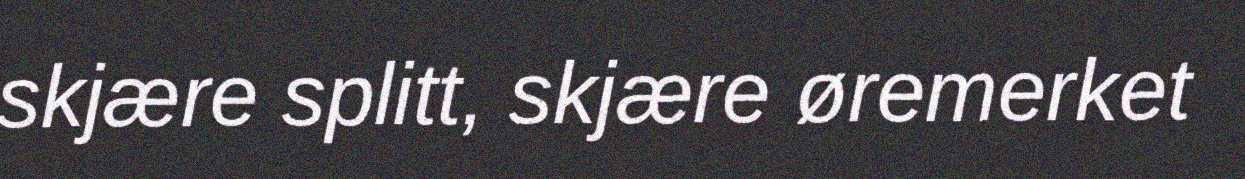
skjære splitt, skjære øremerket